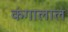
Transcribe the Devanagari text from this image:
कंगालाल